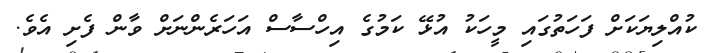
ކުއްލިޔަކަށް ފަހަތުގައި މީހަކު އުޅޭ ކަމުގެ އިހްސާސް އަހަރެންނަށް ވާން ފެށި އެވެ.